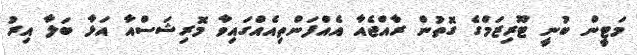
މަޓީން ބުނީ ޓޫރިޒަމްގެ ގޮތުން ރާއްޖެއާ އެއްފަންތިއެއްގައިވާ މޮރިޝަސްއާ އަޅާ ބަލާ އިރު